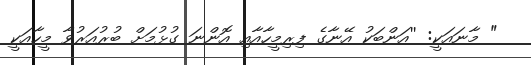
" މާނައަކީ: ''އަންބަކު އޭނާގެ ފިރިމީހާއާއި އޮންނަ ގުޅުމަށް ބުރުއަރުވާ މީހާއަކީ